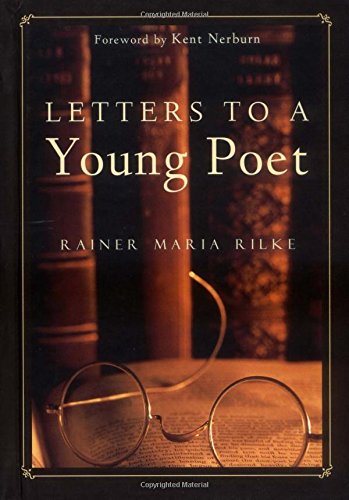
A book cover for Letters to a Young Poet; Rainer Maria Rilke; Literature & Fiction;